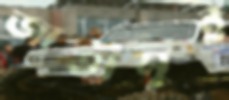
জাতীসুই